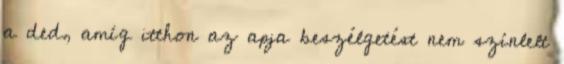
a ded, amíg itthon az apja beszélgetést nem színlelt